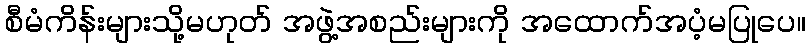
စီမံကိန်းများသို့မဟုတ် အဖွဲ့အစည်းများကို အထောက်အပံ့မပြုပေ။